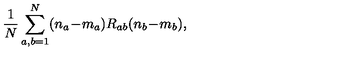
\frac { 1 } { N } \sum _ { a , b = 1 } ^ { N } ( n _ { a } \! - \! m _ { a } ) R _ { a b } ( n _ { b } \! - \! m _ { b } ) ,